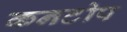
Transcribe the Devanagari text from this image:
कनटोप